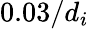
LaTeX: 0.03/d_{i}